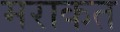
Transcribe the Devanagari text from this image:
मराकत